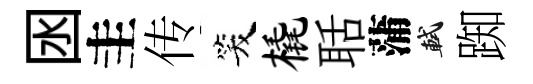
囦圭传笑橇聒蒲軾踟